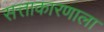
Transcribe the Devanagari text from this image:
सत्ताकारणाला